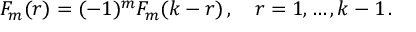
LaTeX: F _ { m } ( r ) = ( - 1 ) ^ { m } F _ { m } ( k - r ) \, , \quad r = 1 , \ldots , k - 1 \, .